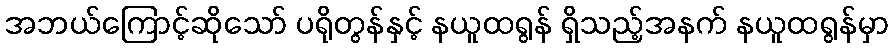
အဘယ်ကြောင့်ဆိုသော် ပရိုတွန်နှင့် နယူထရွန် ရှိသည့်အနက် နယူထရွန်မှာ